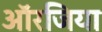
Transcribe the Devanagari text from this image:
ऑरजिया